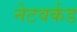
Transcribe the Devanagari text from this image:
नेटवर्कड